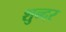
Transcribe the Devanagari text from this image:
शुन्दर